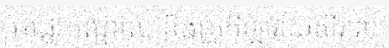
អាជ្ញាកណ្តាល និងគ្រូកីឡាវាយសីរាល់